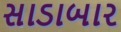
સાડાબાર